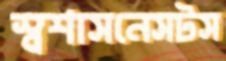
স্বশাসনেসটস